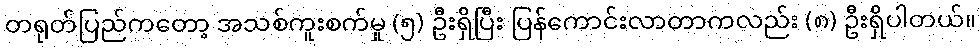
တရုတ်ပြည်ကတော့ အသစ်ကူးစက်မှု (၅) ဦးရှိပြီး ပြန်ကောင်းလာတာကလည်း (၈) ဦးရှိပါတယ်။